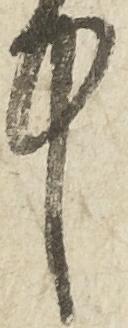
中